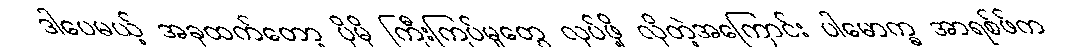
ဒါပေမယ့် အခုထက်တော့ ပိုမို ကြီးကြပ်မှုတွေ လုပ်ဖို့ လိုတဲ့အကြောင်း ပါမောက္ခ အာရစ်ဖ်က